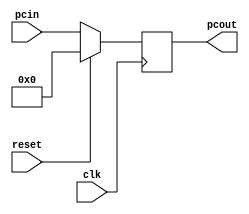
///////////////////////////////////////////////////////////////////////////////////////////////////
// Company: <Name>
//
// File history:
//      <Revision number>: <Date>: <Comments>
//      <Revision number>: <Date>: <Comments>
//      <Revision number>: <Date>: <Comments>
//
// Description: 
//
// <Description here>
//
// Targeted device: <Family::IGLOO2> <Die::M2GL025> <Package::256 VF>
//
/////////////////////////////////////////////////////////////////////////////////////////////////// 

//`timescale <time_units> / <precision>

module program_counter( reset,pcin,clk,pcout);
input[31:0] pcin;
input reset,clk;
output[31:0] pcout;

reg[31:0] pcout;

always @(posedge clk) begin
if(reset)
pcout<=8'h0;
else
pcout<=pcin;
end
//<statements>

endmodule